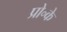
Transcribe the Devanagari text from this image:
प्रो॰के